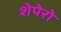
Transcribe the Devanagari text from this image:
शेपेरो